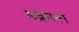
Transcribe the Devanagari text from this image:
मक्राना